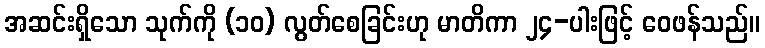
အဆင်းရှိသော သုက်ကို (၁၀) လွတ်စေခြင်းဟု မာတိကာ ၂၄-ပါးဖြင့် ဝေဖန်သည်။